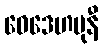
ဝေဒေဟမုနီ